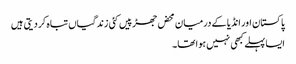
پاکستان اور انڈیا کے درمیان محض جھڑپیں کئی زندگیاں تباہ کر دیتی ہیں
ایسا پہلے کبھی نہیں ہوا تھا۔